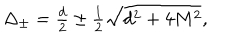
LaTeX: \textstyle \Delta _ { \pm } = \frac d 2 \pm \frac 1 2 \sqrt { d ^ { 2 } + 4 M ^ { 2 } } ,